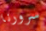
سرورنا